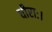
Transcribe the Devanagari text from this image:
धीराः।